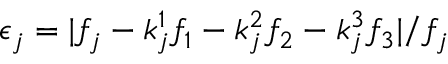
\epsilon _ { j } = | f _ { j } - k _ { j } ^ { 1 } f _ { 1 } - k _ { j } ^ { 2 } f _ { 2 } - k _ { j } ^ { 3 } f _ { 3 } | / f _ { j }